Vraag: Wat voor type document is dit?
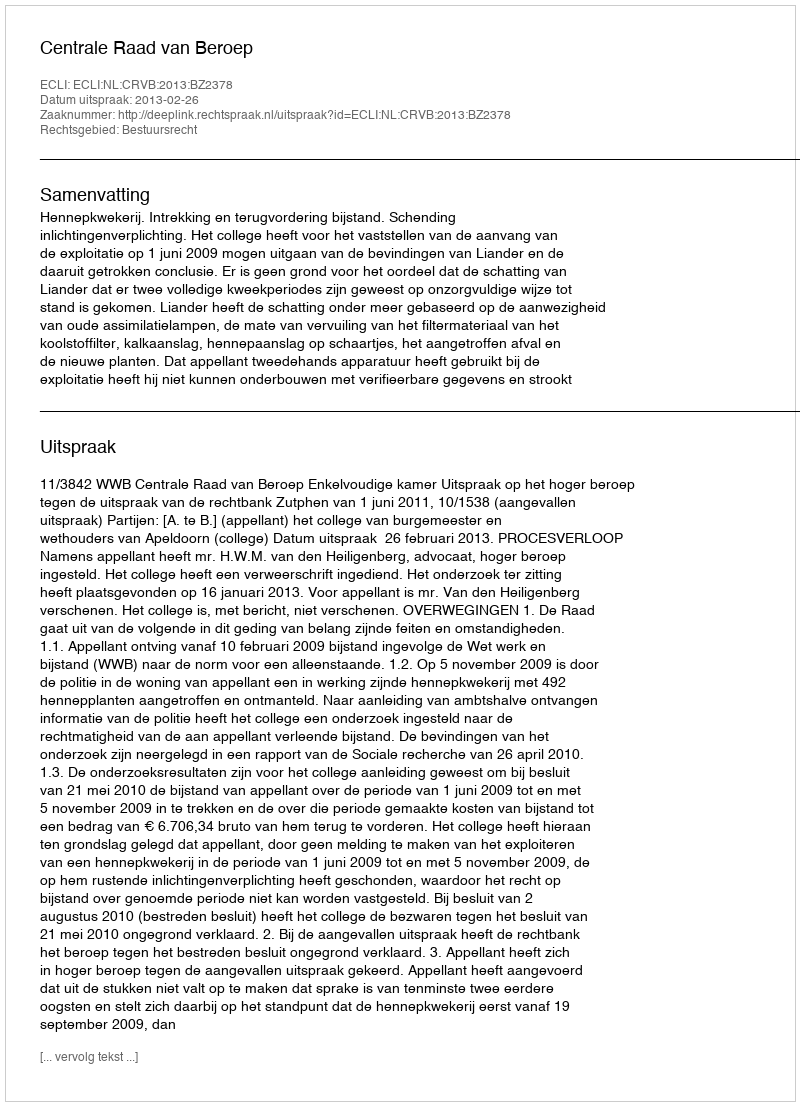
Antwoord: Uitspraak